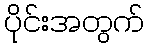
ပိုင်းအတွက်